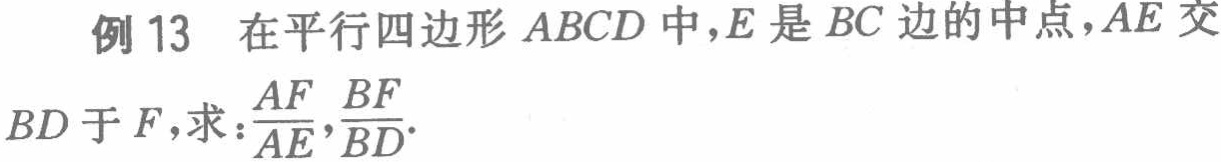
例13 在平行四边形 \(ABCD\) 中，\(E\) 是 \(BC\) 边的中点，\(AE\) 交 \(BD\) 于 \(F\)，求：\(\frac{AF}{AE},\frac{BF}{BD}\)。